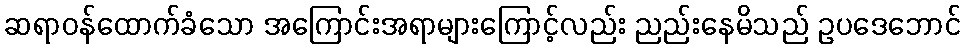
ဆရာဝန်ထောက်ခံသော အကြောင်းအရာများကြောင့်လည်း ညည်းနေမိသည် ဥပဒေဘောင်